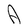
Character: A